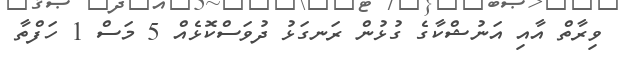
ވިރާތް އާއި އަނުޝްކާގެ ގުޅުން ރަނގަޅު ދުވަސްކޮޅެއް 5 މަސް 1 ހަފްތާ